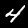
Label: 4